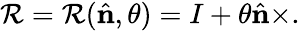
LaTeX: \mathcal{R}=\mathcal{R}({\hat{{\mathbf{{n}}}}},\theta)=I+\theta{\hat{{\mathbf{{n}}}}}\times.